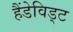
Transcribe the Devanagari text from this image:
हैंडेविड्ट